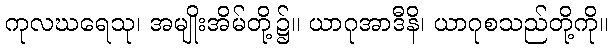
ကုလဃရေသု၊ အမျိုးအိမ်တို့၌။ ယာဂုအာဒီနိ၊ ယာဂုစသည်တို့ကို။